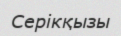
Серікқызы